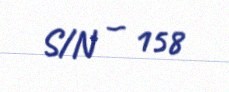
S/N — 158